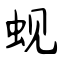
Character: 蚬